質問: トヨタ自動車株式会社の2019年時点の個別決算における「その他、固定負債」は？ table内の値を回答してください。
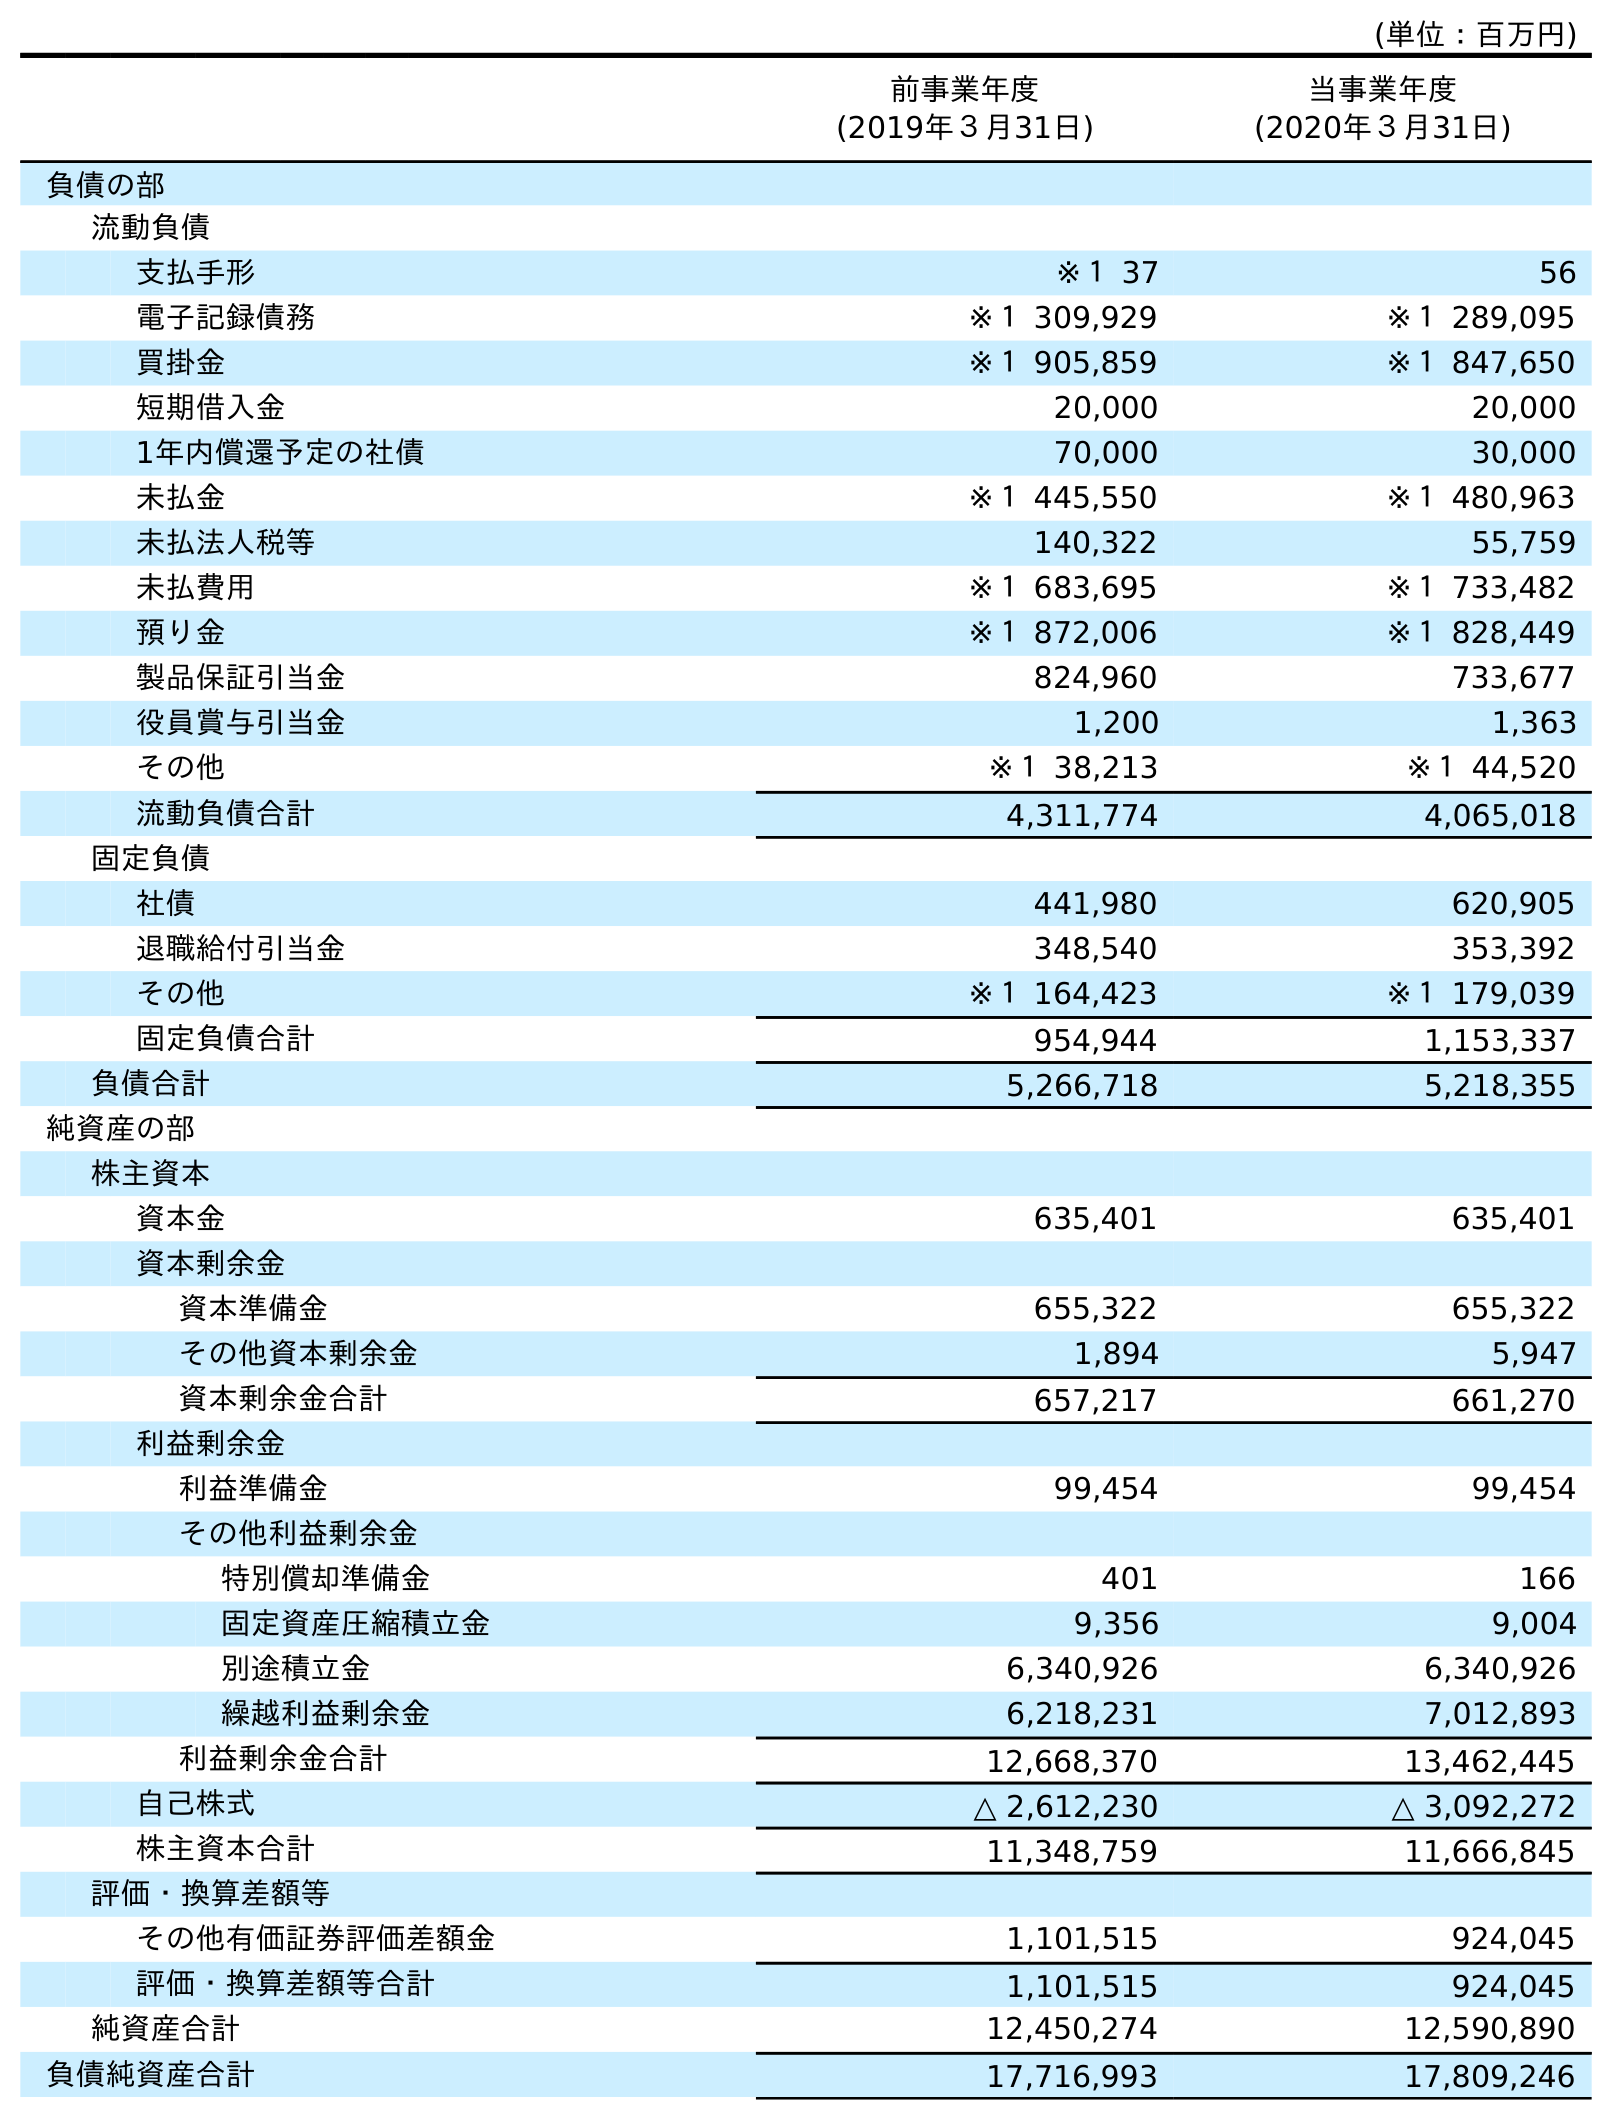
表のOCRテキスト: (単位：百万円) 前事業年度 (2019年３月31日) 当事業年度 (2020年３月31日) 負債の部 流動負債 支払手形 ※１ 37 56 電子記録債務 ※１ 309,929 ※１ 289,095 買掛金 ※１ 905,859 ※１ 847,650 短期借入金 20,000 20,000 1年内償還予定の社債 70,000 30,000 未払金 ※１ 445,550 ※１ 480,963 未払法人税等 140,322 55,759 未払費用 ※１ 683,695 ※１ 733,482 預り金 ※１ 872,006 ※１ 828,449 製品保証引当金 824,960 733,677 役員賞与引当金 1,200 1,363 その他 ※１ 38,213 ※１ 44,520 流動負債合計 4,311,774 4,065,018 固定負債 社債 441,980 620,905 退職給付引当金 348,540 353,392 その他 ※１ 164,423 ※１ 179,039 固定負債合計 954,944 1,153,337 負債合計 5,266,718 5,218,355 純資産の部 株主資本 資本金 635,401 635,401 資本剰余金 資本準備金 655,322 655,322 その他資本剰余金 1,894 5,947 資本剰余金合計 657,217 661,270 利益剰余金 利益準備金 99,454 99,454 その他利益剰余金 特別償却準備金 401 166 固定資産圧縮積立金 9,356 9,004 別途積立金 6,340,926 6,340,926 繰越利益剰余金 6,218,231 7,012,893 利益剰余金合計 12,668,370 13,462,445 自己株式 △ 2,612,230 △ 3,092,272 株主資本合計 11,348,759 11,666,845 評価・換算差額等 その他有価証券評価差額金 1,101,515 924,045 評価・換算差額等合計 1,101,515 924,045 純資産合計 12,450,274 12,590,890 負債純資産合計 17,716,993 17,809,246
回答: ※１164,423